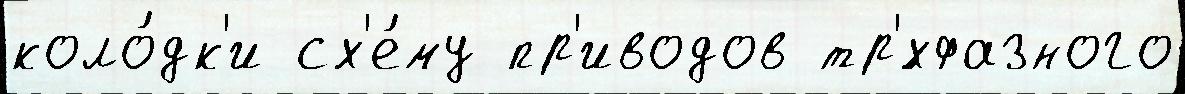
коло́дк'и сх'е́му пр'иводов тр'́хфазного